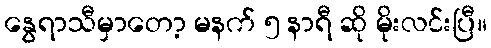
နွေရာသီမှာတော့ မနက် ၅ နာရီ ဆို မိုးလင်းပြီ။